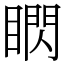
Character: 䁡